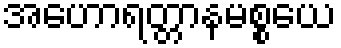
အဟောရတ္တာနမစ္စယေ